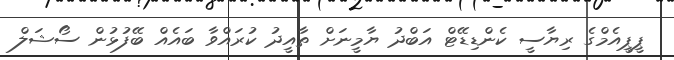
ޕީޕީއެމްގެ ރިޔާސީ ކެންޑިޑޭޓް އަބްދު ޔާމީނަށް ތާއީދު ކުރައްވާ ބައެއް ބޭފުޅުން ސޯޝަލް